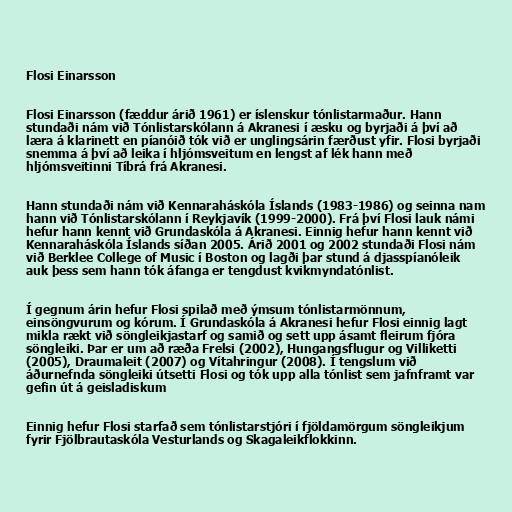
Flosi Einarsson

Flosi Einarsson (fæddur árið 1961) er íslenskur tónlistarmaður. Hann
stundaði nám við Tónlistarskólann á Akranesi í æsku og byrjaði á því að
læra á klarinett en píanóið tók við er unglingsárin færðust yfir. Flosi byrjaði
snemma á því að leika í hljómsveitum en lengst af lék hann með
hljómsveitinni Tíbrá frá Akranesi.

Hann stundaði nám við Kennaraháskóla Íslands (1983-1986) og seinna nam
hann við Tónlistarskólann í Reykjavík (1999-2000). Frá því Flosi lauk námi
hefur hann kennt við Grundaskóla á Akranesi. Einnig hefur hann kennt við
Kennaraháskóla Íslands síðan 2005. Árið 2001 og 2002 stundaði Flosi nám
við Berklee College of Music í Boston og lagði þar stund á djasspíanóleik
auk þess sem hann tók áfanga er tengdust kvikmyndatónlist.

Í gegnum árin hefur Flosi spilað með ýmsum tónlistarmönnum,
einsöngvurum og kórum. Í Grundaskóla á Akranesi hefur Flosi einnig lagt
mikla rækt við söngleikjastarf og samið og sett upp ásamt fleirum fjóra
söngleiki. Þar er um að ræða Frelsi (2002), Hungangsflugur og Villiketti
(2005), Draumaleit (2007) og Vítahringur (2008). Í tengslum við
áðurnefnda söngleiki útsetti Flosi og tók upp alla tónlist sem jafnframt var
gefin út á geisladiskum

Einnig hefur Flosi starfað sem tónlistarstjóri í fjöldamörgum söngleikjum
fyrir Fjölbrautaskóla Vesturlands og Skagaleikflokkinn.